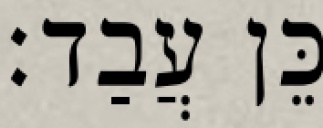
כֵּן עֲבַד׃